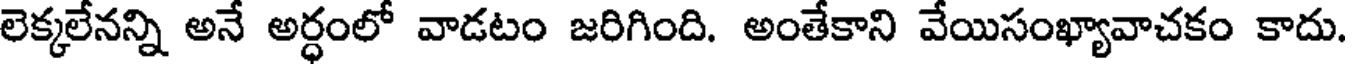
లెక్కలేనన్ని అనే అర్ధంలో వాడటం జరిగింది. అంతేకాని వేయిసంఖ్యావాచకం కాదు.